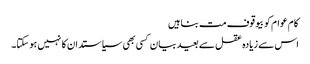
کام عوام کو بیوقوف مت بناہیں
اس سے زیادہ عقل سے بعید بیان کسی بھی سیاستدان کا نہیں ہو سکتا۔